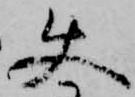
使